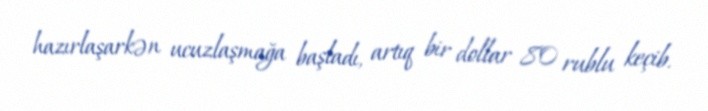
hazırlaşarkən ucuzlaşmağa başladı, artıq bir dollar 80 rublu keçib.